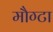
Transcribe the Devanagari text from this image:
मौग्टा